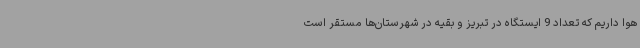
هوا داریم که تعداد 9 ایستگاه در تبریز و بقیه در شهرستان‌ها مستقر است